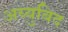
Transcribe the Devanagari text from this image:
अय्युबिद